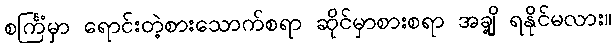
စင်္ကြံမှာ ရောင်းတဲ့စားသောက်စရာ ဆိုင်မှာစားစရာ အချို့ ရနိုင်မလား။